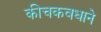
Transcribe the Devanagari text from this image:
कीचकवधाने